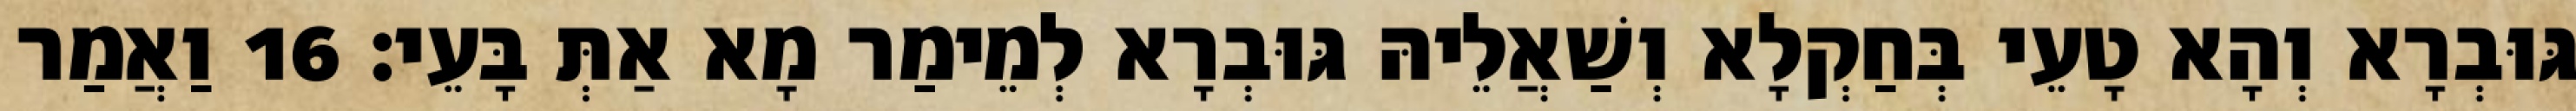
גּוּבְרָא וְהָא טָעֵי בְּחַקְלָא וְשַׁאֲלֵיהּ גּוּבְרָא לְמֵימַר מָא אַתְּ בָּעֵי׃ 16 וַאֲמַר